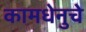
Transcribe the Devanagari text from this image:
कामधेनुचे